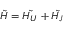
\tilde { H } = \tilde { H _ { U } } + \tilde { H _ { J } }